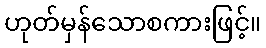
ဟုတ်မှန်သောစကားဖြင့်။